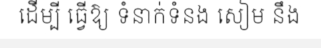
ដើម្បី ធ្វើឱ្យ ទំនាក់ទំនង សៀម នឹង